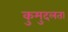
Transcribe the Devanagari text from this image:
कुमुदलता